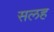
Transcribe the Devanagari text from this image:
सलह